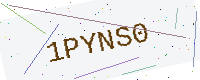
Text: 1PYNS0